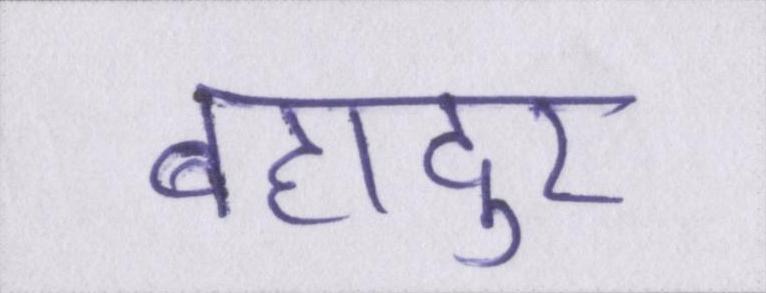
बहादुर